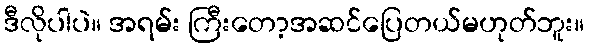
ဒီလိုပါပဲ။ အရမ်း ကြီးတော့အဆင်ပြေတယ်မဟုတ်ဘူး။